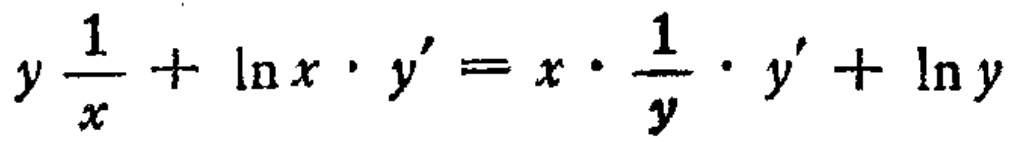
$y\frac{1}{x}+\ln x\cdot y'=x\cdot\frac{1}{y}\cdot y'+\ln y$